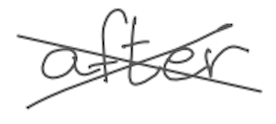
Text: after
Cross-out: cross
Writing tool: digital_gray